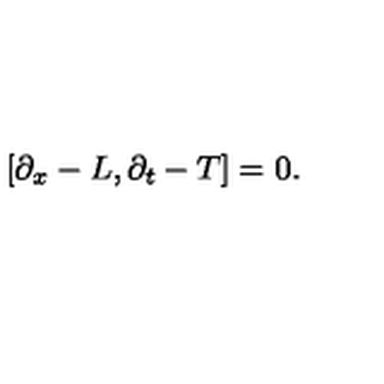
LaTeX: \left[ \partial _ { x } - L , \partial _ { t } - T \right] = 0 .